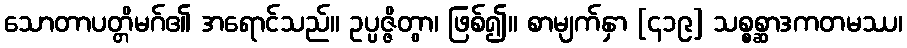
သောတာပတ္တိမဂ်၏ အရောင်သည်။ ဥပ္ပဇ္ဇိတွာ၊ ဖြစ်၍။ စာမျက်နှာ [၄၁၉] သစ္စစ္ဆာဒကတမဿ၊